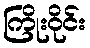
ကြိုးဝိုင်း